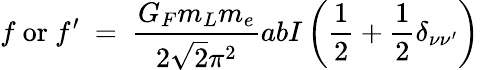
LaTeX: f\ \mathrm{or}\ f^{\prime}\ =\ \frac{G_{F}m_{L}m_{e}}{2\sqrt{2}\pi^{2}}abI\left(\frac{1}{2}+\frac{1}{2}\delta_{\nu\nu^{\prime}}\right)